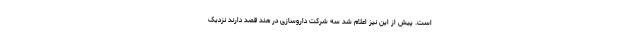
است. پیش از این نیز اعلام شد سه شرکت داروسازی در هند قصد دارند نزدیک